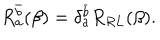
LaTeX: R _ { a } ^ { \bar { b } } ( \beta ) = \delta _ { a } ^ { \bar { b } } R _ { R L } ( \beta ) .